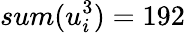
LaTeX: sum(u_{i}^{3})=192